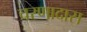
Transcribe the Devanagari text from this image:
चरणादास